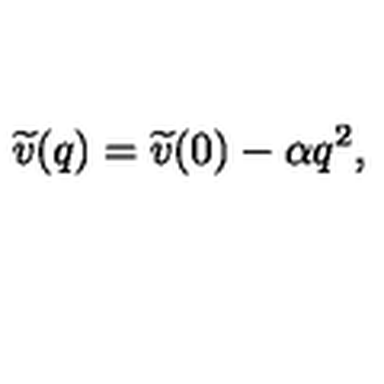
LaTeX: \widetilde { v } ( q ) = \widetilde { v } ( 0 ) - \alpha q ^ { 2 } ,